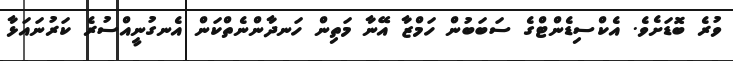
ވުރެ ބޮޑަށެވެ. އެކްސިޑެންޓްގެ ސަބަބުން ހަމްޒާ އޭނާ މަތިން ހަނދާންނެތްކަން އެނގުނީއްސުރެ ކަރުނައަޅާ